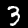
Label: 3